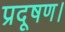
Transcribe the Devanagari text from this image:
प्रदूषण।